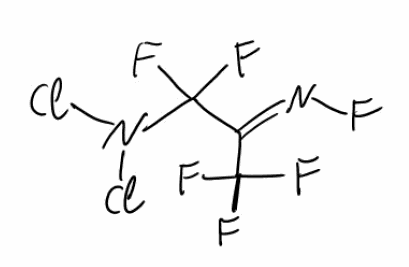
Simplified molecular-input line-entry system (SMILES) notation of the given molecule:
C(=N/F)(\C(N(Cl)Cl)(F)F)/C(F)(F)F